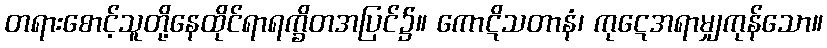
တရားစောင့်သူတို့နေထိုင်ရာရက္ခိတအပြင်၌။ ကောဋိသတာနံ၊ ကုဋေအရာမျှကုန်သော။